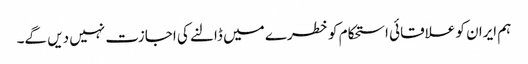
ہم ایران کو علاقائی استحکام کو خطرے میں ڈالنے کی اجازت نہیں دیں گے۔